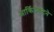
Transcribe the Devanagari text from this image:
आर्किटेक्‍टने